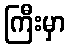
ကြီးမှာ